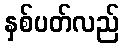
နှစ်ပတ်လည်